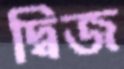
দ্বিজ